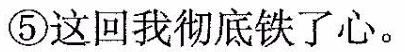
⑤这回我彻底铁了心。